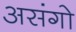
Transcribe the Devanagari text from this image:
असंगो